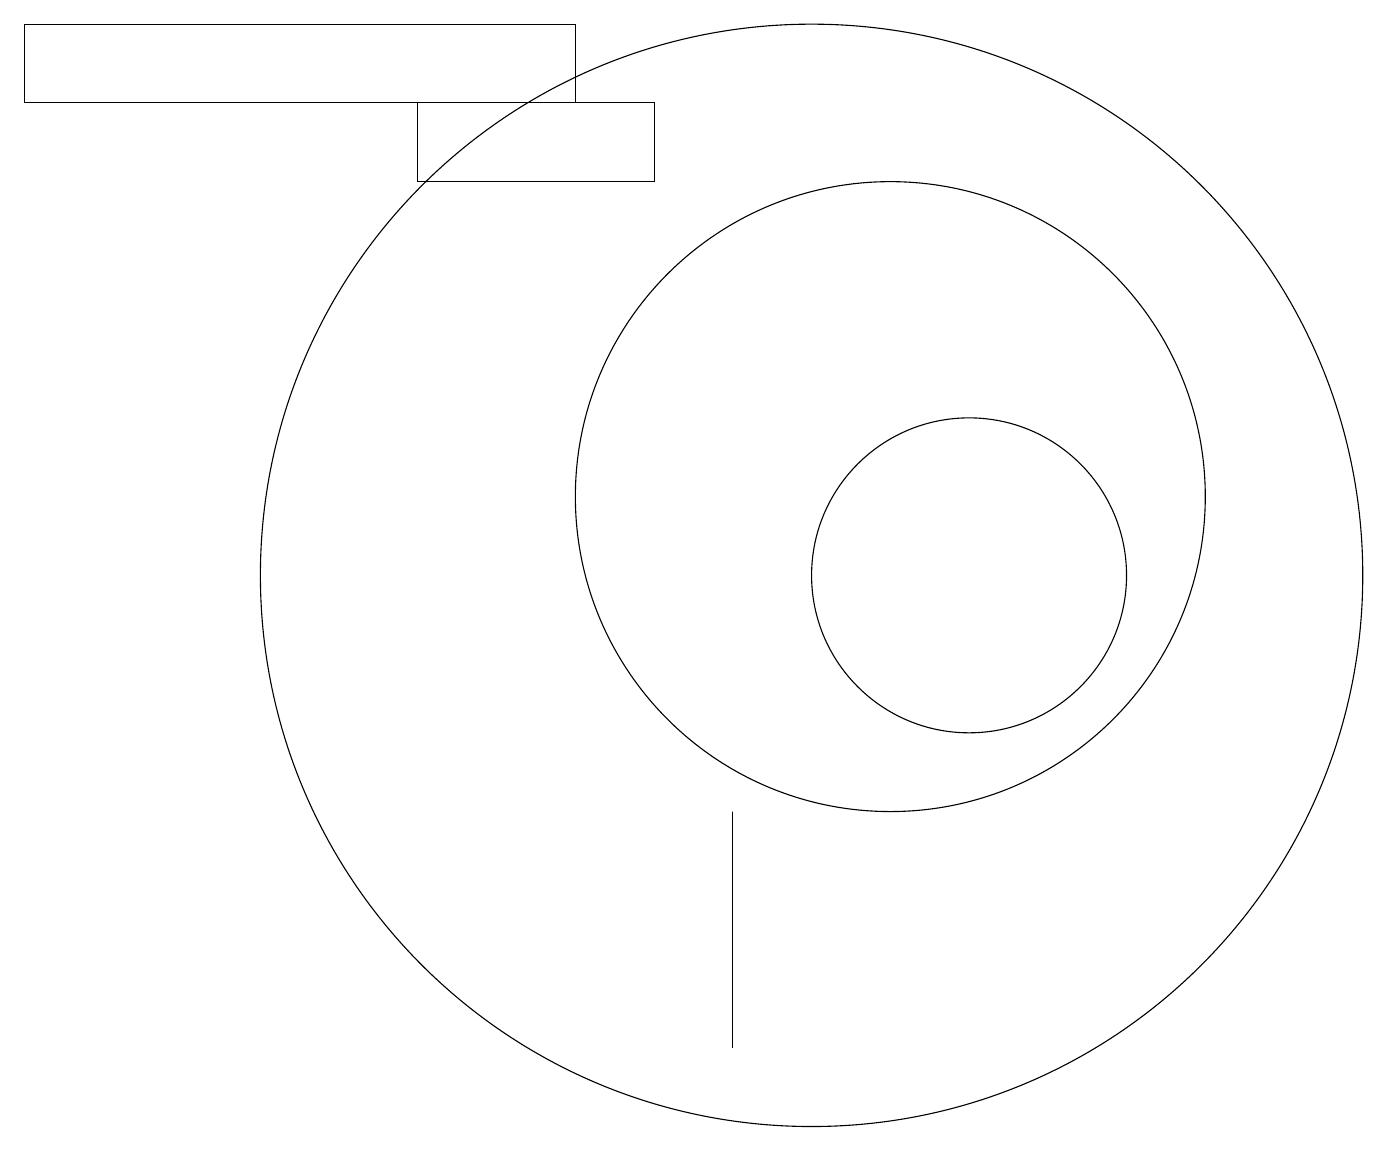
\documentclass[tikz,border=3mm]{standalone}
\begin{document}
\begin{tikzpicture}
\draw (5,16) rectangle (8,15);
\draw (9,7) -- (9,4) -- (9,6) -- cycle;
\draw (12,10) circle (2);
\draw (10,10) circle (7);
\draw (0,17) rectangle (7,16);
\draw (11,11) circle (4);
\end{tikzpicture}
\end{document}